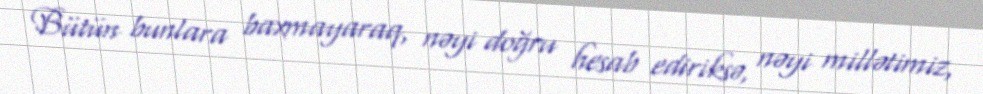
Bütün bunlara baxmayaraq, nəyi doğru hesab ediriksə, nəyi millətimiz,